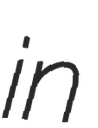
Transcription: in